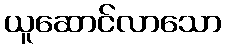
ယူဆောင်လာသော